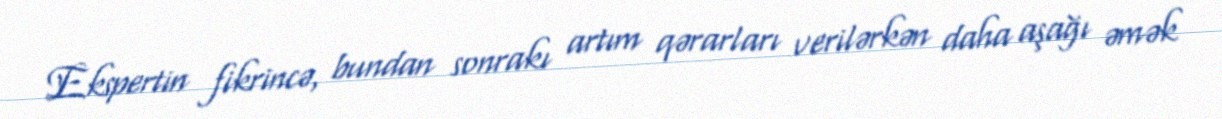
Ekspertin fikrincə, bundan sonrakı artım qərarları verilərkən daha aşağı əmək